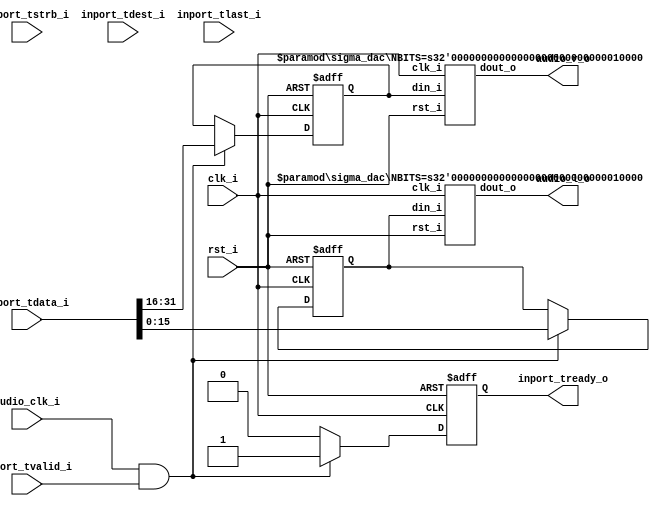
//-----------------------------------------------------------------
//                      Audio Controller
//                           V0.1
//                     Ultra-Embedded.com
//                     Copyright 2012-2019
//
//
//                         License: GPL
// If you would like a version with a more permissive license for
// use in closed source commercial applications please contact me
// for details.
//-----------------------------------------------------------------
//
// This file is open source HDL; you can redistribute it and/or 
// modify it under the terms of the GNU General Public License as 
// published by the Free Software Foundation; either version 2 of 
// the License, or (at your option) any later version.
//
// This file is distributed in the hope that it will be useful,
// but WITHOUT ANY WARRANTY; without even the implied warranty of
// MERCHANTABILITY or FITNESS FOR A PARTICULAR PURPOSE.  See the
// GNU General Public License for more details.
//
// You should have received a copy of the GNU General Public 
// License along with this file; if not, write to the Free Software
// Foundation, Inc., 59 Temple Place, Suite 330, Boston, MA 02111-1307
// USA
//-----------------------------------------------------------------

//-----------------------------------------------------------------
//                          Generated File
//-----------------------------------------------------------------

`define AUDIO_CFG    8'h0

    `define AUDIO_CFG_INT_THRESHOLD_DEFAULT    0
    `define AUDIO_CFG_INT_THRESHOLD_B          0
    `define AUDIO_CFG_INT_THRESHOLD_T          15
    `define AUDIO_CFG_INT_THRESHOLD_W          16
    `define AUDIO_CFG_INT_THRESHOLD_R          15:0

    `define AUDIO_CFG_BYTE_SWAP      16
    `define AUDIO_CFG_BYTE_SWAP_DEFAULT    0
    `define AUDIO_CFG_BYTE_SWAP_B          16
    `define AUDIO_CFG_BYTE_SWAP_T          16
    `define AUDIO_CFG_BYTE_SWAP_W          1
    `define AUDIO_CFG_BYTE_SWAP_R          16:16

    `define AUDIO_CFG_CH_SWAP      17
    `define AUDIO_CFG_CH_SWAP_DEFAULT    0
    `define AUDIO_CFG_CH_SWAP_B          17
    `define AUDIO_CFG_CH_SWAP_T          17
    `define AUDIO_CFG_CH_SWAP_W          1
    `define AUDIO_CFG_CH_SWAP_R          17:17

    `define AUDIO_CFG_TARGET_DEFAULT    0
    `define AUDIO_CFG_TARGET_B          18
    `define AUDIO_CFG_TARGET_T          19
    `define AUDIO_CFG_TARGET_W          2
    `define AUDIO_CFG_TARGET_R          19:18

    `define AUDIO_CFG_VOL_CTRL_DEFAULT    0
    `define AUDIO_CFG_VOL_CTRL_B          24
    `define AUDIO_CFG_VOL_CTRL_T          26
    `define AUDIO_CFG_VOL_CTRL_W          3
    `define AUDIO_CFG_VOL_CTRL_R          26:24

    `define AUDIO_CFG_BUFFER_RST      31
    `define AUDIO_CFG_BUFFER_RST_DEFAULT    0
    `define AUDIO_CFG_BUFFER_RST_B          31
    `define AUDIO_CFG_BUFFER_RST_T          31
    `define AUDIO_CFG_BUFFER_RST_W          1
    `define AUDIO_CFG_BUFFER_RST_R          31:31

`define AUDIO_STATUS    8'h4

    `define AUDIO_STATUS_LEVEL_DEFAULT    0
    `define AUDIO_STATUS_LEVEL_B          16
    `define AUDIO_STATUS_LEVEL_T          31
    `define AUDIO_STATUS_LEVEL_W          16
    `define AUDIO_STATUS_LEVEL_R          31:16

    `define AUDIO_STATUS_FULL      1
    `define AUDIO_STATUS_FULL_DEFAULT    0
    `define AUDIO_STATUS_FULL_B          1
    `define AUDIO_STATUS_FULL_T          1
    `define AUDIO_STATUS_FULL_W          1
    `define AUDIO_STATUS_FULL_R          1:1

    `define AUDIO_STATUS_EMPTY      0
    `define AUDIO_STATUS_EMPTY_DEFAULT    0
    `define AUDIO_STATUS_EMPTY_B          0
    `define AUDIO_STATUS_EMPTY_T          0
    `define AUDIO_STATUS_EMPTY_W          1
    `define AUDIO_STATUS_EMPTY_R          0:0

`define AUDIO_CLK_DIV    8'h8

    `define AUDIO_CLK_DIV_WHOLE_CYCLES_DEFAULT    0
    `define AUDIO_CLK_DIV_WHOLE_CYCLES_B          0
    `define AUDIO_CLK_DIV_WHOLE_CYCLES_T          15
    `define AUDIO_CLK_DIV_WHOLE_CYCLES_W          16
    `define AUDIO_CLK_DIV_WHOLE_CYCLES_R          15:0

`define AUDIO_CLK_FRAC    8'hc

    `define AUDIO_CLK_FRAC_NUMERATOR_DEFAULT    0
    `define AUDIO_CLK_FRAC_NUMERATOR_B          0
    `define AUDIO_CLK_FRAC_NUMERATOR_T          15
    `define AUDIO_CLK_FRAC_NUMERATOR_W          16
    `define AUDIO_CLK_FRAC_NUMERATOR_R          15:0

    `define AUDIO_CLK_FRAC_DENOMINATOR_DEFAULT    0
    `define AUDIO_CLK_FRAC_DENOMINATOR_B          16
    `define AUDIO_CLK_FRAC_DENOMINATOR_T          31
    `define AUDIO_CLK_FRAC_DENOMINATOR_W          16
    `define AUDIO_CLK_FRAC_DENOMINATOR_R          31:16

`define AUDIO_FIFO_WRITE    8'h20

    `define AUDIO_FIFO_WRITE_CH_B_DEFAULT    0
    `define AUDIO_FIFO_WRITE_CH_B_B          0
    `define AUDIO_FIFO_WRITE_CH_B_T          15
    `define AUDIO_FIFO_WRITE_CH_B_W          16
    `define AUDIO_FIFO_WRITE_CH_B_R          15:0

    `define AUDIO_FIFO_WRITE_CH_A_DEFAULT    0
    `define AUDIO_FIFO_WRITE_CH_A_B          16
    `define AUDIO_FIFO_WRITE_CH_A_T          31
    `define AUDIO_FIFO_WRITE_CH_A_W          16
    `define AUDIO_FIFO_WRITE_CH_A_R          31:16

//-----------------------------------------------------------------
//                      Audio Controller
//                           V0.1
//                     Ultra-Embedded.com
//                     Copyright 2012-2019
//
//
//                         License: GPL
// If you would like a version with a more permissive license for
// use in closed source commercial applications please contact me
// for details.
//-----------------------------------------------------------------
//
// This file is open source HDL; you can redistribute it and/or 
// modify it under the terms of the GNU General Public License as 
// published by the Free Software Foundation; either version 2 of 
// the License, or (at your option) any later version.
//
// This file is distributed in the hope that it will be useful,
// but WITHOUT ANY WARRANTY; without even the implied warranty of
// MERCHANTABILITY or FITNESS FOR A PARTICULAR PURPOSE.  See the
// GNU General Public License for more details.
//
// You should have received a copy of the GNU General Public 
// License along with this file; if not, write to the Free Software
// Foundation, Inc., 59 Temple Place, Suite 330, Boston, MA 02111-1307
// USA
//-----------------------------------------------------------------

//-----------------------------------------------------------------
//                          Generated File
//-----------------------------------------------------------------

module audio_dac
(
    // Inputs
     input           clk_i
    ,input           rst_i
    ,input           audio_clk_i
    ,input           inport_tvalid_i
    ,input  [ 31:0]  inport_tdata_i
    ,input  [  3:0]  inport_tstrb_i
    ,input  [  3:0]  inport_tdest_i
    ,input           inport_tlast_i

    // Outputs
    ,output          inport_tready_o
    ,output          audio_l_o
    ,output          audio_r_o
);




//-----------------------------------------------------------------
// External clock source
//-----------------------------------------------------------------
wire    bit_clock_w;

assign bit_clock_w = audio_clk_i;

//-----------------------------------------------------------------
// Buffer
//-----------------------------------------------------------------
reg [15:0] left_q;
reg [15:0] right_q;
reg        pop_q;

always @ (posedge rst_i or posedge clk_i )
begin
   if (rst_i)
   begin
        right_q <= 16'b0;
        left_q  <= 16'b0;
        pop_q   <= 1'b0;
   end
   else if (bit_clock_w && inport_tvalid_i)
   begin
        {right_q, left_q} <= inport_tdata_i;
        pop_q   <= 1'b1;
   end
   else
        pop_q   <= 1'b0;
end

assign inport_tready_o = pop_q;

//-----------------------------------------------------------------
// DAC instances
//-----------------------------------------------------------------
sigma_dac
#( .NBITS(16) )
u_dac_l
(
    .clk_i(clk_i),
    .rst_i(rst_i),

    .din_i(left_q),
    .dout_o(audio_l_o)
);

sigma_dac
#( .NBITS(16) )
u_dac_r
(
    .clk_i(clk_i),
    .rst_i(rst_i),

    .din_i(right_q),
    .dout_o(audio_r_o)
);


endmodule
//-----------------------------------------------------------------
//                      Audio Controller
//                           V0.1
//                     Ultra-Embedded.com
//                     Copyright 2012-2019
//
//
//                         License: GPL
// If you would like a version with a more permissive license for
// use in closed source commercial applications please contact me
// for details.
//-----------------------------------------------------------------
//
// This file is open source HDL; you can redistribute it and/or 
// modify it under the terms of the GNU General Public License as 
// published by the Free Software Foundation; either version 2 of 
// the License, or (at your option) any later version.
//
// This file is distributed in the hope that it will be useful,
// but WITHOUT ANY WARRANTY; without even the implied warranty of
// MERCHANTABILITY or FITNESS FOR A PARTICULAR PURPOSE.  See the
// GNU General Public License for more details.
//
// You should have received a copy of the GNU General Public 
// License along with this file; if not, write to the Free Software
// Foundation, Inc., 59 Temple Place, Suite 330, Boston, MA 02111-1307
// USA
//-----------------------------------------------------------------

//-----------------------------------------------------------------
//                          Generated File
//-----------------------------------------------------------------

module audio_fifo
(
    // Inputs
     input           clk_i
    ,input           rst_i
    ,input  [ 31:0]  data_in_i
    ,input           push_i
    ,input           pop_i
    ,input           flush_i

    // Outputs
    ,output [ 31:0]  data_out_o
    ,output          accept_o
    ,output          valid_o
);



//-----------------------------------------------------------------
// Registers
//-----------------------------------------------------------------
reg [10:0]   rd_ptr_q;
reg [10:0]   wr_ptr_q;

//-----------------------------------------------------------------
// Write Side
//-----------------------------------------------------------------
wire [10:0] write_next_w = wr_ptr_q + 11'd1;

wire full_w = (write_next_w == rd_ptr_q);

always @ (posedge clk_i or posedge rst_i)
if (rst_i)
    wr_ptr_q <= 11'b0;
else if (flush_i)
    wr_ptr_q <= 11'b0;
// Push
else if (push_i & !full_w)
    wr_ptr_q <= write_next_w;

//-----------------------------------------------------------------
// Read Side
//-----------------------------------------------------------------
wire read_ok_w = (wr_ptr_q != rd_ptr_q);
reg  rd_q;

always @ (posedge clk_i or posedge rst_i)
if (rst_i)
    rd_q <= 1'b0;
else if (flush_i)
    rd_q <= 1'b0;
else
    rd_q <= read_ok_w;

always @ (posedge clk_i or posedge rst_i)
if (rst_i)
    rd_ptr_q     <= 11'b0;
else if (flush_i)
    rd_ptr_q     <= 11'b0;
// Read address increment
else if (read_ok_w && ((!valid_o) || (valid_o && pop_i)))
    rd_ptr_q <= rd_ptr_q + 11'd1;

//-------------------------------------------------------------------
// Read Skid Buffer
//-------------------------------------------------------------------
reg                rd_skid_q;
reg [31:0] rd_skid_data_q;

always @ (posedge clk_i or posedge rst_i)
if (rst_i)
begin
    rd_skid_q <= 1'b0;
    rd_skid_data_q <= 32'b0;
end
else if (flush_i)
begin
    rd_skid_q <= 1'b0;
    rd_skid_data_q <= 32'b0;
end
else if (valid_o && !pop_i)
begin
    rd_skid_q      <= 1'b1;
    rd_skid_data_q <= data_out_o;
end
else
begin
    rd_skid_q      <= 1'b0;
    rd_skid_data_q <= 32'b0;
end

//-------------------------------------------------------------------
// Combinatorial
//-------------------------------------------------------------------
assign valid_o       = rd_skid_q | rd_q;
assign accept_o      = !full_w;

//-------------------------------------------------------------------
// Dual port RAM
//-------------------------------------------------------------------
wire [31:0] data_out_w;

fifo_ram_dp_2048_11
u_ram
(
    // Inputs
    .clk0_i(clk_i),
    .rst0_i(rst_i),
    .clk1_i(clk_i),
    .rst1_i(rst_i),

    // Write side
    .addr0_i(wr_ptr_q),
    .wr0_i(push_i & accept_o),
    .data0_i(data_in_i),
    .data0_o(),

    // Read side
    .addr1_i(rd_ptr_q),
    .data1_i(32'b0),
    .wr1_i(1'b0),
    .data1_o(data_out_w)
);

assign data_out_o = rd_skid_q ? rd_skid_data_q : data_out_w;

endmodule

//-------------------------------------------------------------------
// Dual port RAM
//-------------------------------------------------------------------
module fifo_ram_dp_2048_11
(
    // Inputs
     input           clk0_i
    ,input           rst0_i
    ,input  [ 10:0]  addr0_i
    ,input  [ 31:0]  data0_i
    ,input           wr0_i
    ,input           clk1_i
    ,input           rst1_i
    ,input  [ 10:0]  addr1_i
    ,input  [ 31:0]  data1_i
    ,input           wr1_i

    // Outputs
    ,output [ 31:0]  data0_o
    ,output [ 31:0]  data1_o
);

/* verilator lint_off MULTIDRIVEN */
reg [31:0]   ram [2047:0] /*verilator public*/;
/* verilator lint_on MULTIDRIVEN */

reg [31:0] ram_read0_q;
reg [31:0] ram_read1_q;

// Synchronous write
always @ (posedge clk0_i)
begin
    if (wr0_i)
        ram[addr0_i] <= data0_i;

    ram_read0_q <= ram[addr0_i];
end

always @ (posedge clk1_i)
begin
    if (wr1_i)
        ram[addr1_i] <= data1_i;

    ram_read1_q <= ram[addr1_i];
end

assign data0_o = ram_read0_q;
assign data1_o = ram_read1_q;



endmodule
//-----------------------------------------------------------------
//                      Audio Controller
//                           V0.1
//                     Ultra-Embedded.com
//                     Copyright 2012-2019
//
//
//                         License: GPL
// If you would like a version with a more permissive license for
// use in closed source commercial applications please contact me
// for details.
//-----------------------------------------------------------------
//
// This file is open source HDL; you can redistribute it and/or 
// modify it under the terms of the GNU General Public License as 
// published by the Free Software Foundation; either version 2 of 
// the License, or (at your option) any later version.
//
// This file is distributed in the hope that it will be useful,
// but WITHOUT ANY WARRANTY; without even the implied warranty of
// MERCHANTABILITY or FITNESS FOR A PARTICULAR PURPOSE.  See the
// GNU General Public License for more details.
//
// You should have received a copy of the GNU General Public 
// License along with this file; if not, write to the Free Software
// Foundation, Inc., 59 Temple Place, Suite 330, Boston, MA 02111-1307
// USA
//-----------------------------------------------------------------

//-----------------------------------------------------------------
//                          Generated File
//-----------------------------------------------------------------

module audio_spdif
(
    // Inputs
     input           clk_i
    ,input           rst_i
    ,input           audio_clk_i
    ,input           inport_tvalid_i
    ,input  [ 31:0]  inport_tdata_i
    ,input  [  3:0]  inport_tstrb_i
    ,input  [  3:0]  inport_tdest_i
    ,input           inport_tlast_i

    // Outputs
    ,output          inport_tready_o
    ,output          spdif_o
);




wire bit_clock_w = audio_clk_i;

//-----------------------------------------------------------------
// Core SPDIF
//-----------------------------------------------------------------
spdif_core
u_core
(
    .clk_i(clk_i),
    .rst_i(rst_i),

    .bit_out_en_i(bit_clock_w),

    .spdif_o(spdif_o),

    .sample_i(inport_tdata_i),
    .sample_req_o(inport_tready_o)
);


endmodule
//-----------------------------------------------------------------
//                      Audio Controller
//                           V0.1
//                     Ultra-Embedded.com
//                     Copyright 2012-2019
//
//
//                         License: GPL
// If you would like a version with a more permissive license for
// use in closed source commercial applications please contact me
// for details.
//-----------------------------------------------------------------
//
// This file is open source HDL; you can redistribute it and/or 
// modify it under the terms of the GNU General Public License as 
// published by the Free Software Foundation; either version 2 of 
// the License, or (at your option) any later version.
//
// This file is distributed in the hope that it will be useful,
// but WITHOUT ANY WARRANTY; without even the implied warranty of
// MERCHANTABILITY or FITNESS FOR A PARTICULAR PURPOSE.  See the
// GNU General Public License for more details.
//
// You should have received a copy of the GNU General Public 
// License along with this file; if not, write to the Free Software
// Foundation, Inc., 59 Temple Place, Suite 330, Boston, MA 02111-1307
// USA
//-----------------------------------------------------------------

//-----------------------------------------------------------------
//                          Generated File
//-----------------------------------------------------------------
module sigma_dac
#(
    parameter [31:0] NBITS = 16
)
(
    input             clk_i,
    input             rst_i,

    input [NBITS-1:0] din_i,
    output            dout_o
);

//-----------------------------------------------------------------
// Implementation: Described in Xilinx xapp154.pdf
//-----------------------------------------------------------------
reg [NBITS+2:0] delta_adder_r;
reg [NBITS+2:0] sigma_adder_r;
reg [NBITS+2:0] sigma_latch_q;
reg [NBITS+2:0] delta_r;

//synthesis attribute IOB of dac_q is "TRUE"
reg             dac_q;

wire [NBITS-1:0]  input_unsigned_w = din_i + 'd32768;

/* verilator lint_off WIDTH */
always @ * 
    delta_r = {sigma_latch_q[NBITS+2], sigma_latch_q[NBITS+2]} << (NBITS+1);

always @ *
    delta_adder_r = input_unsigned_w + delta_r;
/* verilator lint_on WIDTH */

always @ *
    sigma_adder_r = delta_adder_r + sigma_latch_q;

always @(posedge clk_i or posedge rst_i) 
begin
    if (rst_i)
    begin
        sigma_latch_q <= 1'b1 << (NBITS+1);
        dac_q         <= 1'b0;
    end
    else
    begin
        sigma_latch_q <= sigma_adder_r;
        dac_q         <= sigma_latch_q[NBITS+2];
    end
end

assign dout_o = dac_q;

endmodule
//-----------------------------------------------------------------
//                      Audio Controller
//                           V0.1
//                     Ultra-Embedded.com
//                     Copyright 2012-2019
//
//
//                         License: GPL
// If you would like a version with a more permissive license for
// use in closed source commercial applications please contact me
// for details.
//-----------------------------------------------------------------
//
// This file is open source HDL; you can redistribute it and/or 
// modify it under the terms of the GNU General Public License as 
// published by the Free Software Foundation; either version 2 of 
// the License, or (at your option) any later version.
//
// This file is distributed in the hope that it will be useful,
// but WITHOUT ANY WARRANTY; without even the implied warranty of
// MERCHANTABILITY or FITNESS FOR A PARTICULAR PURPOSE.  See the
// GNU General Public License for more details.
//
// You should have received a copy of the GNU General Public 
// License along with this file; if not, write to the Free Software
// Foundation, Inc., 59 Temple Place, Suite 330, Boston, MA 02111-1307
// USA
//-----------------------------------------------------------------

//-----------------------------------------------------------------
//                          Generated File
//-----------------------------------------------------------------

module audio_i2s
(
    // Inputs
     input           clk_i
    ,input           rst_i
    ,input           audio_clk_i
    ,input           inport_tvalid_i
    ,input  [ 31:0]  inport_tdata_i
    ,input  [  3:0]  inport_tstrb_i
    ,input  [  3:0]  inport_tdest_i
    ,input           inport_tlast_i

    // Outputs
    ,output          inport_tready_o
    ,output          i2s_sck_o
    ,output          i2s_sdata_o
    ,output          i2s_ws_o
);



//-----------------------------------------------------------------
// Registers
//-----------------------------------------------------------------
reg         sck_q;
reg         sdata_q;
reg         ws_q;
reg [4:0]   bit_count_q;

wire bit_clock_w = audio_clk_i;

//-----------------------------------------------------------------
// Buffer
//-----------------------------------------------------------------
reg [31:0] buffer_q;
reg        pop_q;

always @ (posedge rst_i or posedge clk_i)
if (rst_i)
begin
    buffer_q <= 32'b0;
    pop_q    <= 1'b0;
end
// Capture the next sample 1 SCK period before needed
else if (bit_clock_w && (bit_count_q == 5'd0) && sck_q)
begin
    buffer_q <= inport_tdata_i;
    pop_q    <= 1'b1;
end
else
    pop_q   <= 1'b0;

assign inport_tready_o = pop_q;

//-----------------------------------------------------------------
// I2S Output Generator
//-----------------------------------------------------------------
reg next_data_q;

always @ (posedge rst_i or posedge clk_i)
if (rst_i) 
begin
    bit_count_q     <= 5'd31;
    sdata_q         <= 1'b0;
    ws_q            <= 1'b0;
    sck_q           <= 1'b0;
    next_data_q     <= 1'b0;
end 
else if (bit_clock_w)
begin
    // SCK 1->0 - Falling Edge - drive SDATA
    if (sck_q)
    begin
        // SDATA lags WS by 1 cycle
        sdata_q     <= next_data_q;

        // Drive data MSB first
        next_data_q <= buffer_q[bit_count_q];

        // WS = 0 (left), 1 = (right)
        ws_q        <= ~bit_count_q[4];

        bit_count_q <= bit_count_q - 5'd1;
    end

    sck_q <= ~sck_q;
end

assign i2s_sck_o   = sck_q;
assign i2s_sdata_o = sdata_q;
assign i2s_ws_o    = ws_q;


endmodule
//-----------------------------------------------------------------
//                      Audio Controller
//                           V0.1
//                     Ultra-Embedded.com
//                     Copyright 2012-2019
//
//
//                         License: GPL
// If you would like a version with a more permissive license for
// use in closed source commercial applications please contact me
// for details.
//-----------------------------------------------------------------
//
// This file is open source HDL; you can redistribute it and/or 
// modify it under the terms of the GNU General Public License as 
// published by the Free Software Foundation; either version 2 of 
// the License, or (at your option) any later version.
//
// This file is distributed in the hope that it will be useful,
// but WITHOUT ANY WARRANTY; without even the implied warranty of
// MERCHANTABILITY or FITNESS FOR A PARTICULAR PURPOSE.  See the
// GNU General Public License for more details.
//
// You should have received a copy of the GNU General Public 
// License along with this file; if not, write to the Free Software
// Foundation, Inc., 59 Temple Place, Suite 330, Boston, MA 02111-1307
// USA
//-----------------------------------------------------------------

//-----------------------------------------------------------------
//                          Generated File
//-----------------------------------------------------------------
//-----------------------------------------------------------------
//                        SPDIF Transmitter
//                              V0.1
//                        Ultra-Embedded.com
//                          Copyright 2012
//
//
//                         License: GPL
// If you would like a version with a more permissive license for
// use in closed source commercial applications please contact me
// for details.
//-----------------------------------------------------------------
//
// This file is open source HDL; you can redistribute it and/or 
// modify it under the terms of the GNU General Public License as 
// published by the Free Software Foundation; either version 2 of 
// the License, or (at your option) any later version.
//
// This file is distributed in the hope that it will be useful,
// but WITHOUT ANY WARRANTY; without even the implied warranty of
// MERCHANTABILITY or FITNESS FOR A PARTICULAR PURPOSE.  See the
// GNU General Public License for more details.
//
// You should have received a copy of the GNU General Public 
// License along with this file; if not, write to the Free Software
// Foundation, Inc., 59 Temple Place, Suite 330, Boston, MA 02111-1307
// USA
//-----------------------------------------------------------------
module spdif_core
(
    input           clk_i,
    input           rst_i,

    // SPDIF bit output enable
    // Single cycle pulse synchronous to clk_i which drives
    // the output bit rate.
    // For 44.1KHz, 44100x32x2x2 = 5,644,800Hz
    // For 48KHz,   48000x32x2x2 = 6,144,000Hz
    input           bit_out_en_i,

    // Output
    output          spdif_o,

    // Audio interface (16-bit x 2 = RL)
    input [31:0]    sample_i,
    output reg      sample_req_o
);

//-----------------------------------------------------------------
// Registers
//-----------------------------------------------------------------
reg [15:0]  audio_sample_q;
reg [8:0]   subframe_count_q;

reg         load_subframe_q;
reg [7:0]   preamble_q;
wire [31:0] subframe_w;

reg [5:0]   bit_count_q;
reg         bit_toggle_q;

// Xilinx: Place output flop in IOB
//synthesis attribute IOB of spdif_out_q is "TRUE"
reg         spdif_out_q;

reg [5:0]   parity_count_q;

//-----------------------------------------------------------------
// Subframe Counter
//-----------------------------------------------------------------
always @ (posedge rst_i or posedge clk_i )
begin
    if (rst_i == 1'b1)
        subframe_count_q    <= 9'd0;
    else if (load_subframe_q)
    begin
        // 192 frames (384 subframes) in an audio block
        if (subframe_count_q == 9'd383)
            subframe_count_q <= 9'd0;
        else
            subframe_count_q <= subframe_count_q + 9'd1;
    end
end

//-----------------------------------------------------------------
// Sample capture
//-----------------------------------------------------------------
reg [15:0] sample_buf_q;

always @ (posedge rst_i or posedge clk_i )
begin
   if (rst_i == 1'b1)
   begin
        audio_sample_q      <= 16'h0000;
        sample_buf_q        <= 16'h0000;
        sample_req_o        <= 1'b0;
   end
   else if (load_subframe_q)
   begin
        // Start of frame (first subframe)?
        if (subframe_count_q[0] == 1'b0)
        begin
            // Use left sample
            audio_sample_q <= sample_i[15:0];

            // Store right sample
            sample_buf_q <= sample_i[31:16];

            // Request next sample
            sample_req_o <= 1'b1;
        end
        else
        begin
            // Use right sample
            audio_sample_q <= sample_buf_q;

            sample_req_o <= 1'b0;
        end
   end
   else
        sample_req_o <= 1'b0;
end

// Timeslots 3 - 0 = Preamble
assign subframe_w[3:0] = 4'b0000;

// Timeslots 7 - 4 = 24-bit audio LSB
assign subframe_w[7:4] = 4'b0000;

// Timeslots 11 - 8 = 20-bit audio LSB
assign subframe_w[11:8] = 4'b0000;

// Timeslots 27 - 12 = 16-bit audio
assign subframe_w[27:12] = audio_sample_q;

// Timeslots 28 = Validity
assign subframe_w[28] = 1'b0; // Valid

// Timeslots 29 = User bit
assign subframe_w[29] = 1'b0;

// Timeslots 30 = Channel status bit
assign subframe_w[30] = 1'b0;

// Timeslots 31 = Even Parity bit (31:4)
assign subframe_w[31] = 1'b0;

//-----------------------------------------------------------------
// Preamble
//-----------------------------------------------------------------
localparam PREAMBLE_Z = 8'b00010111;
localparam PREAMBLE_Y = 8'b00100111;
localparam PREAMBLE_X = 8'b01000111;

reg [7:0] preamble_r;

always @ *
begin
    // Start of audio block?
    // Z(B) - Left channel
    if (subframe_count_q == 9'd0)
        preamble_r = PREAMBLE_Z; // Z(B)
    // Right Channel?
    else if (subframe_count_q[0] == 1'b1)
        preamble_r = PREAMBLE_Y; // Y(W)
    // Left Channel (but not start of block)?
    else
        preamble_r = PREAMBLE_X; // X(M)
end

always @ (posedge rst_i or posedge clk_i )
if (rst_i == 1'b1)
    preamble_q  <= 8'h00;
else if (load_subframe_q)
    preamble_q  <= preamble_r;

//-----------------------------------------------------------------
// Parity Counter
//-----------------------------------------------------------------
always @ (posedge rst_i or posedge clk_i )
begin
   if (rst_i == 1'b1)
   begin
        parity_count_q  <= 6'd0;
   end
   // Time to output a bit?
   else if (bit_out_en_i)
   begin
        // Preamble bits?
        if (bit_count_q < 6'd8)
        begin
            parity_count_q  <= 6'd0;
        end
        // Normal timeslots
        else if (bit_count_q < 6'd62)
        begin
            // On first pass through this timeslot, count number of high bits
            if (bit_count_q[0] == 0 && subframe_w[bit_count_q / 2] == 1'b1)
                parity_count_q <= parity_count_q + 6'd1;
        end
   end
end

//-----------------------------------------------------------------
// Bit Counter
//-----------------------------------------------------------------
always @ (posedge rst_i or posedge clk_i)
begin
    if (rst_i == 1'b1)
    begin
        bit_count_q     <= 6'b0;
        load_subframe_q <= 1'b1;
    end
    // Time to output a bit?
    else if (bit_out_en_i)
    begin
        // 32 timeslots (x2 for double frequency)
        if (bit_count_q == 6'd63)
        begin
            bit_count_q     <= 6'd0;
            load_subframe_q <= 1'b1;
        end
        else
        begin
            bit_count_q     <= bit_count_q + 6'd1;
            load_subframe_q <= 1'b0;
        end
    end
    else
        load_subframe_q <= 1'b0;
end

//-----------------------------------------------------------------
// Bit half toggle
//-----------------------------------------------------------------
always @ (posedge rst_i or posedge clk_i)
if (rst_i == 1'b1)
    bit_toggle_q    <= 1'b0;
// Time to output a bit?
else if (bit_out_en_i)
    bit_toggle_q <= ~bit_toggle_q;

//-----------------------------------------------------------------
// Output bit (BMC encoded)
//-----------------------------------------------------------------
reg bit_r;

always @ *
begin
    bit_r = spdif_out_q;

    // Time to output a bit?
    if (bit_out_en_i)
    begin
        // Preamble bits?
        if (bit_count_q < 6'd8)
        begin
            bit_r = preamble_q[bit_count_q[2:0]];
        end
        // Normal timeslots
        else if (bit_count_q < 6'd62)
        begin
            if (subframe_w[bit_count_q / 2] == 1'b0)
            begin
                if (bit_toggle_q == 1'b0)
                    bit_r = ~spdif_out_q;
                else
                    bit_r = spdif_out_q;
            end
            else
                bit_r = ~spdif_out_q;
        end
        // Parity timeslot
        else
        begin
            // Even number of high bits, make odd
            if (parity_count_q[0] == 1'b0)
            begin
                if (bit_toggle_q == 1'b0)
                    bit_r = ~spdif_out_q;
                else
                    bit_r = spdif_out_q;
            end
            else
                bit_r = ~spdif_out_q;
        end
    end
end

always @ (posedge rst_i or posedge clk_i )
if (rst_i == 1'b1)
    spdif_out_q <= 1'b0;
else
    spdif_out_q <= bit_r;

assign spdif_o  = spdif_out_q;

endmodule
//-----------------------------------------------------------------
//                      Audio Controller
//                           V0.1
//                     Ultra-Embedded.com
//                     Copyright 2012-2019
//
//
//                         License: GPL
// If you would like a version with a more permissive license for
// use in closed source commercial applications please contact me
// for details.
//-----------------------------------------------------------------
//
// This file is open source HDL; you can redistribute it and/or 
// modify it under the terms of the GNU General Public License as 
// published by the Free Software Foundation; either version 2 of 
// the License, or (at your option) any later version.
//
// This file is distributed in the hope that it will be useful,
// but WITHOUT ANY WARRANTY; without even the implied warranty of
// MERCHANTABILITY or FITNESS FOR A PARTICULAR PURPOSE.  See the
// GNU General Public License for more details.
//
// You should have received a copy of the GNU General Public 
// License along with this file; if not, write to the Free Software
// Foundation, Inc., 59 Temple Place, Suite 330, Boston, MA 02111-1307
// USA
//-----------------------------------------------------------------

//-----------------------------------------------------------------
//                          Generated File
//-----------------------------------------------------------------

// `include "audio_defs.v"

//-----------------------------------------------------------------
// Module:  Audio Controller
//-----------------------------------------------------------------
module audio
(
    // Inputs
     input          clk_i
    ,input          rst_i
    ,input          cfg_awvalid_i
    ,input  [31:0]  cfg_awaddr_i
    ,input          cfg_wvalid_i
    ,input  [31:0]  cfg_wdata_i
    ,input  [3:0]   cfg_wstrb_i
    ,input          cfg_bready_i
    ,input          cfg_arvalid_i
    ,input  [31:0]  cfg_araddr_i
    ,input          cfg_rready_i

    // Outputs
    ,output         cfg_awready_o
    ,output         cfg_wready_o
    ,output         cfg_bvalid_o
    ,output [1:0]   cfg_bresp_o
    ,output         cfg_arready_o
    ,output         cfg_rvalid_o
    ,output [31:0]  cfg_rdata_o
    ,output [1:0]   cfg_rresp_o
    ,output         audio_l_o
    ,output         audio_r_o
    ,output         spdif_o
    ,output         i2s_sck_o
    ,output         i2s_sdata_o
    ,output         i2s_ws_o
    ,output         intr_o
);

//-----------------------------------------------------------------
// Retime write data
//-----------------------------------------------------------------
reg [31:0] wr_data_q;

always @ (posedge clk_i or posedge rst_i)
if (rst_i)
    wr_data_q <= 32'b0;
else
    wr_data_q <= cfg_wdata_i;

//-----------------------------------------------------------------
// Request Logic
//-----------------------------------------------------------------
wire read_en_w  = cfg_arvalid_i & cfg_arready_o;
wire write_en_w = cfg_awvalid_i & cfg_awready_o;

//-----------------------------------------------------------------
// Accept Logic
//-----------------------------------------------------------------
assign cfg_arready_o = ~cfg_rvalid_o;
assign cfg_awready_o = ~cfg_bvalid_o && ~cfg_arvalid_i; 
assign cfg_wready_o  = cfg_awready_o;


//-----------------------------------------------------------------
// Register audio_cfg
//-----------------------------------------------------------------
reg audio_cfg_wr_q;

always @ (posedge clk_i or posedge rst_i)
if (rst_i)
    audio_cfg_wr_q <= 1'b0;
else if (write_en_w && (cfg_awaddr_i[7:0] == `AUDIO_CFG))
    audio_cfg_wr_q <= 1'b1;
else
    audio_cfg_wr_q <= 1'b0;

// audio_cfg_int_threshold [internal]
reg [15:0]  audio_cfg_int_threshold_q;

always @ (posedge clk_i or posedge rst_i)
if (rst_i)
    audio_cfg_int_threshold_q <= 16'd`AUDIO_CFG_INT_THRESHOLD_DEFAULT;
else if (write_en_w && (cfg_awaddr_i[7:0] == `AUDIO_CFG))
    audio_cfg_int_threshold_q <= cfg_wdata_i[`AUDIO_CFG_INT_THRESHOLD_R];

wire [15:0]  audio_cfg_int_threshold_out_w = audio_cfg_int_threshold_q;


// audio_cfg_byte_swap [internal]
reg        audio_cfg_byte_swap_q;

always @ (posedge clk_i or posedge rst_i)
if (rst_i)
    audio_cfg_byte_swap_q <= 1'd`AUDIO_CFG_BYTE_SWAP_DEFAULT;
else if (write_en_w && (cfg_awaddr_i[7:0] == `AUDIO_CFG))
    audio_cfg_byte_swap_q <= cfg_wdata_i[`AUDIO_CFG_BYTE_SWAP_R];

wire        audio_cfg_byte_swap_out_w = audio_cfg_byte_swap_q;


// audio_cfg_ch_swap [internal]
reg        audio_cfg_ch_swap_q;

always @ (posedge clk_i or posedge rst_i)
if (rst_i)
    audio_cfg_ch_swap_q <= 1'd`AUDIO_CFG_CH_SWAP_DEFAULT;
else if (write_en_w && (cfg_awaddr_i[7:0] == `AUDIO_CFG))
    audio_cfg_ch_swap_q <= cfg_wdata_i[`AUDIO_CFG_CH_SWAP_R];

wire        audio_cfg_ch_swap_out_w = audio_cfg_ch_swap_q;


// audio_cfg_target [internal]
reg [1:0]  audio_cfg_target_q;

always @ (posedge clk_i or posedge rst_i)
if (rst_i)
    audio_cfg_target_q <= 2'd`AUDIO_CFG_TARGET_DEFAULT;
else if (write_en_w && (cfg_awaddr_i[7:0] == `AUDIO_CFG))
    audio_cfg_target_q <= cfg_wdata_i[`AUDIO_CFG_TARGET_R];

wire [1:0]  audio_cfg_target_out_w = audio_cfg_target_q;


// audio_cfg_vol_ctrl [internal]
reg [2:0]  audio_cfg_vol_ctrl_q;

always @ (posedge clk_i or posedge rst_i)
if (rst_i)
    audio_cfg_vol_ctrl_q <= 3'd`AUDIO_CFG_VOL_CTRL_DEFAULT;
else if (write_en_w && (cfg_awaddr_i[7:0] == `AUDIO_CFG))
    audio_cfg_vol_ctrl_q <= cfg_wdata_i[`AUDIO_CFG_VOL_CTRL_R];

wire [2:0]  audio_cfg_vol_ctrl_out_w = audio_cfg_vol_ctrl_q;


// audio_cfg_buffer_rst [auto_clr]
reg        audio_cfg_buffer_rst_q;

always @ (posedge clk_i or posedge rst_i)
if (rst_i)
    audio_cfg_buffer_rst_q <= 1'd`AUDIO_CFG_BUFFER_RST_DEFAULT;
else if (write_en_w && (cfg_awaddr_i[7:0] == `AUDIO_CFG))
    audio_cfg_buffer_rst_q <= cfg_wdata_i[`AUDIO_CFG_BUFFER_RST_R];
else
    audio_cfg_buffer_rst_q <= 1'd`AUDIO_CFG_BUFFER_RST_DEFAULT;

wire        audio_cfg_buffer_rst_out_w = audio_cfg_buffer_rst_q;


//-----------------------------------------------------------------
// Register audio_status
//-----------------------------------------------------------------
reg audio_status_wr_q;

always @ (posedge clk_i or posedge rst_i)
if (rst_i)
    audio_status_wr_q <= 1'b0;
else if (write_en_w && (cfg_awaddr_i[7:0] == `AUDIO_STATUS))
    audio_status_wr_q <= 1'b1;
else
    audio_status_wr_q <= 1'b0;




//-----------------------------------------------------------------
// Register audio_clk_div
//-----------------------------------------------------------------
reg audio_clk_div_wr_q;

always @ (posedge clk_i or posedge rst_i)
if (rst_i)
    audio_clk_div_wr_q <= 1'b0;
else if (write_en_w && (cfg_awaddr_i[7:0] == `AUDIO_CLK_DIV))
    audio_clk_div_wr_q <= 1'b1;
else
    audio_clk_div_wr_q <= 1'b0;

// audio_clk_div_whole_cycles [internal]
reg [15:0]  audio_clk_div_whole_cycles_q;

always @ (posedge clk_i or posedge rst_i)
if (rst_i)
    audio_clk_div_whole_cycles_q <= 16'd`AUDIO_CLK_DIV_WHOLE_CYCLES_DEFAULT;
else if (write_en_w && (cfg_awaddr_i[7:0] == `AUDIO_CLK_DIV))
    audio_clk_div_whole_cycles_q <= cfg_wdata_i[`AUDIO_CLK_DIV_WHOLE_CYCLES_R];

wire [15:0]  audio_clk_div_whole_cycles_out_w = audio_clk_div_whole_cycles_q;


//-----------------------------------------------------------------
// Register audio_clk_frac
//-----------------------------------------------------------------
reg audio_clk_frac_wr_q;

always @ (posedge clk_i or posedge rst_i)
if (rst_i)
    audio_clk_frac_wr_q <= 1'b0;
else if (write_en_w && (cfg_awaddr_i[7:0] == `AUDIO_CLK_FRAC))
    audio_clk_frac_wr_q <= 1'b1;
else
    audio_clk_frac_wr_q <= 1'b0;

// audio_clk_frac_numerator [internal]
reg [15:0]  audio_clk_frac_numerator_q;

always @ (posedge clk_i or posedge rst_i)
if (rst_i)
    audio_clk_frac_numerator_q <= 16'd`AUDIO_CLK_FRAC_NUMERATOR_DEFAULT;
else if (write_en_w && (cfg_awaddr_i[7:0] == `AUDIO_CLK_FRAC))
    audio_clk_frac_numerator_q <= cfg_wdata_i[`AUDIO_CLK_FRAC_NUMERATOR_R];

wire [15:0]  audio_clk_frac_numerator_out_w = audio_clk_frac_numerator_q;


// audio_clk_frac_denominator [internal]
reg [15:0]  audio_clk_frac_denominator_q;

always @ (posedge clk_i or posedge rst_i)
if (rst_i)
    audio_clk_frac_denominator_q <= 16'd`AUDIO_CLK_FRAC_DENOMINATOR_DEFAULT;
else if (write_en_w && (cfg_awaddr_i[7:0] == `AUDIO_CLK_FRAC))
    audio_clk_frac_denominator_q <= cfg_wdata_i[`AUDIO_CLK_FRAC_DENOMINATOR_R];

wire [15:0]  audio_clk_frac_denominator_out_w = audio_clk_frac_denominator_q;


//-----------------------------------------------------------------
// Register audio_fifo_write
//-----------------------------------------------------------------
reg audio_fifo_write_wr_q;

always @ (posedge clk_i or posedge rst_i)
if (rst_i)
    audio_fifo_write_wr_q <= 1'b0;
else if (write_en_w && (cfg_awaddr_i[7:0] >= `AUDIO_FIFO_WRITE && cfg_awaddr_i[7:0] < (`AUDIO_FIFO_WRITE + 8'd32)))
    audio_fifo_write_wr_q <= 1'b1;
else
    audio_fifo_write_wr_q <= 1'b0;

// audio_fifo_write_ch_b [external]
wire [15:0]  audio_fifo_write_ch_b_out_w = wr_data_q[`AUDIO_FIFO_WRITE_CH_B_R];


// audio_fifo_write_ch_a [external]
wire [15:0]  audio_fifo_write_ch_a_out_w = wr_data_q[`AUDIO_FIFO_WRITE_CH_A_R];


wire [15:0]  audio_status_level_in_w;
wire        audio_status_full_in_w;
wire        audio_status_empty_in_w;


//-----------------------------------------------------------------
// Read mux
//-----------------------------------------------------------------
reg [31:0] data_r;

always @ *
begin
    data_r = 32'b0;

    case (cfg_araddr_i[7:0])

    `AUDIO_CFG:
    begin
        data_r[`AUDIO_CFG_INT_THRESHOLD_R] = audio_cfg_int_threshold_q;
        data_r[`AUDIO_CFG_BYTE_SWAP_R] = audio_cfg_byte_swap_q;
        data_r[`AUDIO_CFG_CH_SWAP_R] = audio_cfg_ch_swap_q;
        data_r[`AUDIO_CFG_TARGET_R] = audio_cfg_target_q;
        data_r[`AUDIO_CFG_VOL_CTRL_R] = audio_cfg_vol_ctrl_q;
    end
    `AUDIO_STATUS:
    begin
        data_r[`AUDIO_STATUS_LEVEL_R] = audio_status_level_in_w;
        data_r[`AUDIO_STATUS_FULL_R] = audio_status_full_in_w;
        data_r[`AUDIO_STATUS_EMPTY_R] = audio_status_empty_in_w;
    end
    `AUDIO_CLK_DIV:
    begin
        data_r[`AUDIO_CLK_DIV_WHOLE_CYCLES_R] = audio_clk_div_whole_cycles_q;
    end
    `AUDIO_CLK_FRAC:
    begin
        data_r[`AUDIO_CLK_FRAC_NUMERATOR_R] = audio_clk_frac_numerator_q;
        data_r[`AUDIO_CLK_FRAC_DENOMINATOR_R] = audio_clk_frac_denominator_q;
    end
    default :
        data_r = 32'b0;
    endcase
end

//-----------------------------------------------------------------
// RVALID
//-----------------------------------------------------------------
reg rvalid_q;

always @ (posedge clk_i or posedge rst_i)
if (rst_i)
    rvalid_q <= 1'b0;
else if (read_en_w)
    rvalid_q <= 1'b1;
else if (cfg_rready_i)
    rvalid_q <= 1'b0;

assign cfg_rvalid_o = rvalid_q;

//-----------------------------------------------------------------
// Retime read response
//-----------------------------------------------------------------
reg [31:0] rd_data_q;

always @ (posedge clk_i or posedge rst_i)
if (rst_i)
    rd_data_q <= 32'b0;
else if (!cfg_rvalid_o || cfg_rready_i)
    rd_data_q <= data_r;

assign cfg_rdata_o = rd_data_q;
assign cfg_rresp_o = 2'b0;

//-----------------------------------------------------------------
// BVALID
//-----------------------------------------------------------------
reg bvalid_q;

always @ (posedge clk_i or posedge rst_i)
if (rst_i)
    bvalid_q <= 1'b0;
else if (write_en_w)
    bvalid_q <= 1'b1;
else if (cfg_bready_i)
    bvalid_q <= 1'b0;

assign cfg_bvalid_o = bvalid_q;
assign cfg_bresp_o  = 2'b0;


wire audio_fifo_write_wr_req_w = audio_fifo_write_wr_q;

`define TARGET_W      2
`define TARGET_I2S    2'd0
`define TARGET_SPDIF  2'd1
`define TARGET_ANALOG 2'd2

//-----------------------------------------------------------------
// Write samples
//-----------------------------------------------------------------   
reg [15:0] sample_a_r;
reg [15:0] sample_b_r;

always @ *
begin
    sample_a_r = audio_fifo_write_ch_a_out_w;
    sample_b_r = audio_fifo_write_ch_b_out_w;

    if (audio_cfg_ch_swap_out_w)
    begin
        if (audio_cfg_byte_swap_out_w)
        begin
            sample_a_r = {audio_fifo_write_ch_b_out_w[7:0], audio_fifo_write_ch_b_out_w[15:8]};
            sample_b_r = {audio_fifo_write_ch_a_out_w[7:0], audio_fifo_write_ch_a_out_w[15:8]};
        end
        else
        begin
            sample_a_r = audio_fifo_write_ch_b_out_w;
            sample_b_r = audio_fifo_write_ch_a_out_w;
        end
    end
    else
    begin
        if (audio_cfg_byte_swap_out_w)
        begin
            sample_a_r = {audio_fifo_write_ch_a_out_w[7:0], audio_fifo_write_ch_a_out_w[15:8]};
            sample_b_r = {audio_fifo_write_ch_b_out_w[7:0], audio_fifo_write_ch_b_out_w[15:8]};
        end
        else
        begin
            sample_a_r = audio_fifo_write_ch_a_out_w;
            sample_b_r = audio_fifo_write_ch_b_out_w;
        end
    end
end


wire        fifo_valid_w;
wire [31:0] fifo_data_w;
reg         fifo_pop_r;
wire        fifo_accept_w;

audio_fifo
u_fifo
(
     .clk_i(clk_i)
    ,.rst_i(rst_i)

    ,.flush_i(audio_cfg_buffer_rst_out_w)

    ,.push_i(audio_fifo_write_wr_q)
    ,.data_in_i({sample_b_r, sample_a_r})
    ,.accept_o(fifo_accept_w)

    ,.valid_o(fifo_valid_w)
    ,.data_out_o(fifo_data_w)
    ,.pop_i(fifo_pop_r)
);

reg [15:0] fifo_level_q;

always @ (posedge clk_i or posedge rst_i)
if (rst_i)
    fifo_level_q <= 16'b0;
else if (audio_cfg_buffer_rst_out_w)
    fifo_level_q <= 16'b0;
// Count up
else if ((audio_fifo_write_wr_q & fifo_accept_w) & ~(fifo_pop_r & fifo_valid_w))
    fifo_level_q <= fifo_level_q + 16'd1;
// Count down
else if (~(audio_fifo_write_wr_q & fifo_accept_w) & (fifo_pop_r & fifo_valid_w))
    fifo_level_q <= fifo_level_q - 16'd1;

assign audio_status_level_in_w = fifo_level_q;
assign audio_status_full_in_w  = ~fifo_accept_w;
assign audio_status_empty_in_w = ~fifo_valid_w;

//-----------------------------------------------------------------
// Interrupt Output
//-----------------------------------------------------------------  
reg irq_q;

always @ (posedge clk_i or posedge rst_i)
if (rst_i)
    irq_q <= 1'b0;
else
    irq_q <= (audio_status_level_in_w <= audio_cfg_int_threshold_out_w);

assign intr_o = irq_q;

//-----------------------------------------------------------------
// Clock Generator
//-----------------------------------------------------------------  
reg        clk_out_q;
reg [15:0] clk_div_q;
reg [15:0] clk_div_r;
reg [31:0] fraction_q;
reg [31:0] fraction_r;

/* verilator lint_off WIDTH */
always @ *
begin
    clk_div_r = clk_div_q;
    fraction_r = fraction_q;

    case (clk_div_q)
    0 :
    begin
        clk_div_r = clk_div_q + 16'd1;
    end
    audio_clk_div_whole_cycles_out_w - 16'd1:
    begin
        if (fraction_q < (audio_clk_frac_denominator_out_w - audio_clk_frac_numerator_out_w))
        begin
            fraction_r = fraction_q + audio_clk_frac_numerator_out_w;
            clk_div_r  = 16'd0;
        end
        else
        begin
            fraction_r = fraction_q + audio_clk_frac_numerator_out_w - audio_clk_frac_denominator_out_w;
            clk_div_r = clk_div_q + 16'd1;
        end
    end
    audio_clk_div_whole_cycles_out_w:
    begin
        clk_div_r = 16'd0;
    end

    default:
    begin
        clk_div_r = clk_div_q + 16'd1;
    end
    endcase
end
/* verilator lint_on WIDTH */

always @ (posedge clk_i or posedge rst_i)
if (rst_i)
    clk_div_q <= 16'd0;
else
    clk_div_q <= clk_div_r;

always @ (posedge clk_i or posedge rst_i)
if (rst_i)
    fraction_q <= 32'd0;
else
    fraction_q <= fraction_r;

always @ (posedge clk_i or posedge rst_i)
if (rst_i)
    clk_out_q <= 1'b0;
else
    clk_out_q <= (clk_div_q == 16'd0);

//-----------------------------------------------------------------
// vol_adjust: Reduce 16-bit sample amplitude by some ammount.
// Inputs: x = input, y = volume control
// Return: Volume adjusted value
//-----------------------------------------------------------------
function [15:0] vol_adjust;
    input  [15:0] x;
    input  [2:0] y;
    reg [15:0] val;
begin 

    case (y)
   //-------------------------------
   // Max volume (Vol / 0)
   //-------------------------------
   0 : 
   begin
         val = x;
   end
   //-------------------------------
   // Volume / 2
   //-------------------------------
   1 : 
   begin
        // x >> 1
        if (x[15] == 1'b1)
             val = {1'b1,x[15:1]};
        else
             val = {1'b0,x[15:1]};
   end   
   //-------------------------------
   // Volume / 4
   //-------------------------------
   2 : 
   begin
        // x >> 2
        if (x[15] == 1'b1)
             val = {2'b11,x[15:2]};
        else
             val = {2'b00,x[15:2]};
   end
   //-------------------------------
   // Volume / 8
   //-------------------------------
   3 : 
   begin
        // x >> 3
        if (x[15] == 1'b1)
             val = {3'b111,x[15:3]};
        else
             val = {3'b000,x[15:3]};
   end
   //-------------------------------
   // Volume / 16
   //-------------------------------
   4 : 
   begin
        // x >> 4
        if (x[15] == 1'b1)
             val = {4'b1111,x[15:4]};
        else
             val = {4'b0000,x[15:4]};
   end   
   //-------------------------------
   // Volume / 32
   //-------------------------------
   5 : 
   begin
        // x >> 5
        if (x[15] == 1'b1)
             val = {5'b11111,x[15:5]};
        else
             val = {5'b00000,x[15:5]};
   end    
   //-------------------------------
   // Volume / 64
   //-------------------------------
   6 : 
   begin
        // x >> 6
        if (x[15] == 1'b1)
             val = {6'b111111,x[15:6]};
        else
             val = {6'b000000,x[15:6]};         
   end
   //-------------------------------
   // Volume / 128
   //-------------------------------
   7 : 
   begin
        // x >> 7
        if (x[15] == 1'b1)
             val = {7'b1111111,x[15:7]};
        else
             val = {7'b0000000,x[15:7]};         
   end   
   default : 
        val = x;
   endcase

   vol_adjust = val;
end
endfunction

//-----------------------------------------------------------------
// Output
//-----------------------------------------------------------------
wire [15:0] output_b_w = vol_adjust(fifo_data_w[31:16], audio_cfg_vol_ctrl_out_w);
wire [15:0] output_a_w = vol_adjust(fifo_data_w[15:0],  audio_cfg_vol_ctrl_out_w);

//-----------------------------------------------------------------
// I2S
//-----------------------------------------------------------------
wire i2s_accept_w;

audio_i2s
u_i2s
(
     .clk_i(clk_i)
    ,.rst_i(rst_i)

    ,.audio_clk_i(clk_out_q && (audio_cfg_target_out_w == `TARGET_I2S))

    ,.inport_tvalid_i(fifo_valid_w && (audio_cfg_target_out_w == `TARGET_I2S))
    ,.inport_tdata_i({output_b_w, output_a_w})
    ,.inport_tstrb_i(4'hF)
    ,.inport_tdest_i(4'b0)
    ,.inport_tlast_i(1'b0)
    ,.inport_tready_o(i2s_accept_w)

    ,.i2s_sck_o(i2s_sck_o)
    ,.i2s_sdata_o(i2s_sdata_o)
    ,.i2s_ws_o(i2s_ws_o)
);

//-----------------------------------------------------------------
// SPDIF
//-----------------------------------------------------------------
wire spdif_accept_w;

audio_spdif
u_spdif
(
     .clk_i(clk_i)
    ,.rst_i(rst_i)

    ,.audio_clk_i(clk_out_q && (audio_cfg_target_out_w == `TARGET_SPDIF))

    ,.inport_tvalid_i(fifo_valid_w && (audio_cfg_target_out_w == `TARGET_SPDIF))
    ,.inport_tdata_i({output_b_w, output_a_w})
    ,.inport_tstrb_i(4'hF)
    ,.inport_tdest_i(4'b0)
    ,.inport_tlast_i(1'b0)
    ,.inport_tready_o(spdif_accept_w)

    ,.spdif_o(spdif_o)
);

//-----------------------------------------------------------------
// Analog (sigma delta DAC)
//-----------------------------------------------------------------
wire analog_accept_w;

audio_dac
u_dac
(
     .clk_i(clk_i)
    ,.rst_i(rst_i)

    ,.audio_clk_i(clk_out_q && (audio_cfg_target_out_w == `TARGET_ANALOG))

    ,.inport_tvalid_i(fifo_valid_w && (audio_cfg_target_out_w == `TARGET_ANALOG))
    ,.inport_tdata_i({output_b_w, output_a_w})
    ,.inport_tstrb_i(4'hF)
    ,.inport_tdest_i(4'b0)
    ,.inport_tlast_i(1'b0)
    ,.inport_tready_o(analog_accept_w)

    ,.audio_l_o(audio_l_o)
    ,.audio_r_o(audio_r_o)
);


always @ *
begin
    fifo_pop_r = 1'b0;

    case (audio_cfg_target_out_w)
    `TARGET_I2S:    fifo_pop_r = i2s_accept_w;
    `TARGET_SPDIF:  fifo_pop_r = spdif_accept_w;
    `TARGET_ANALOG: fifo_pop_r = analog_accept_w;
    default:        fifo_pop_r = 1'b0;
    endcase
end


endmodule